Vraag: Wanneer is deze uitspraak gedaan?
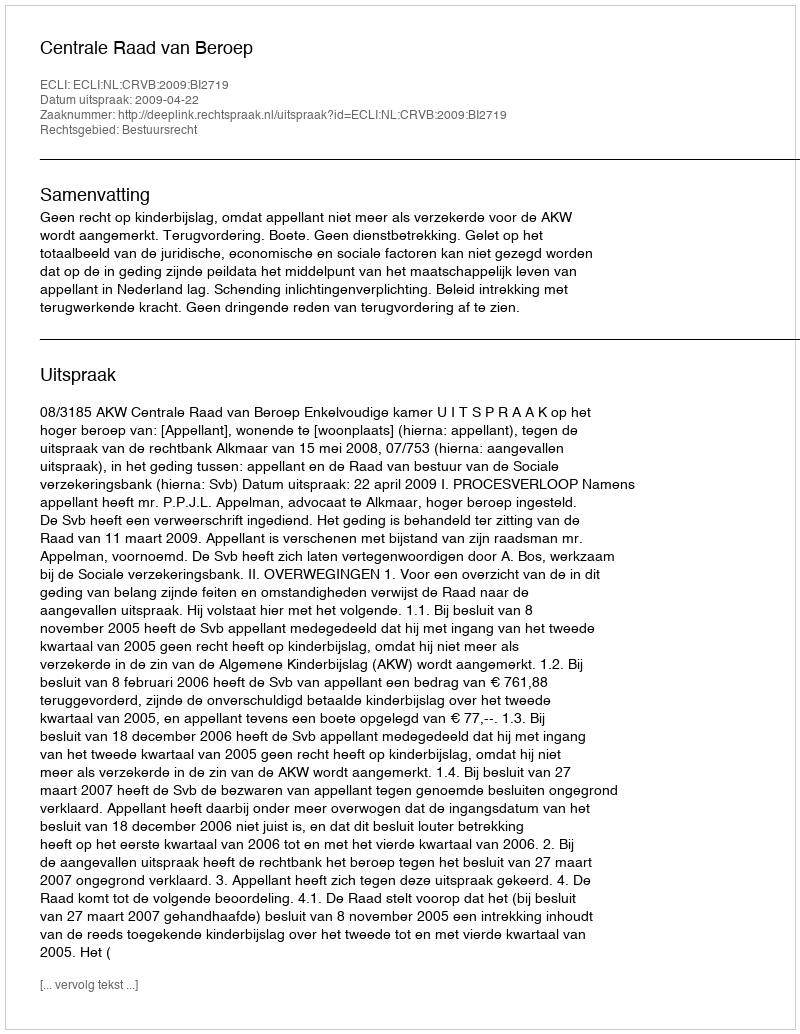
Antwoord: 2009-04-22